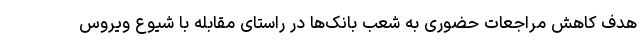
هدف کاهش مراجعات حضوری به شعب بانک‌ها در راستای مقابله با شیوع ویروس